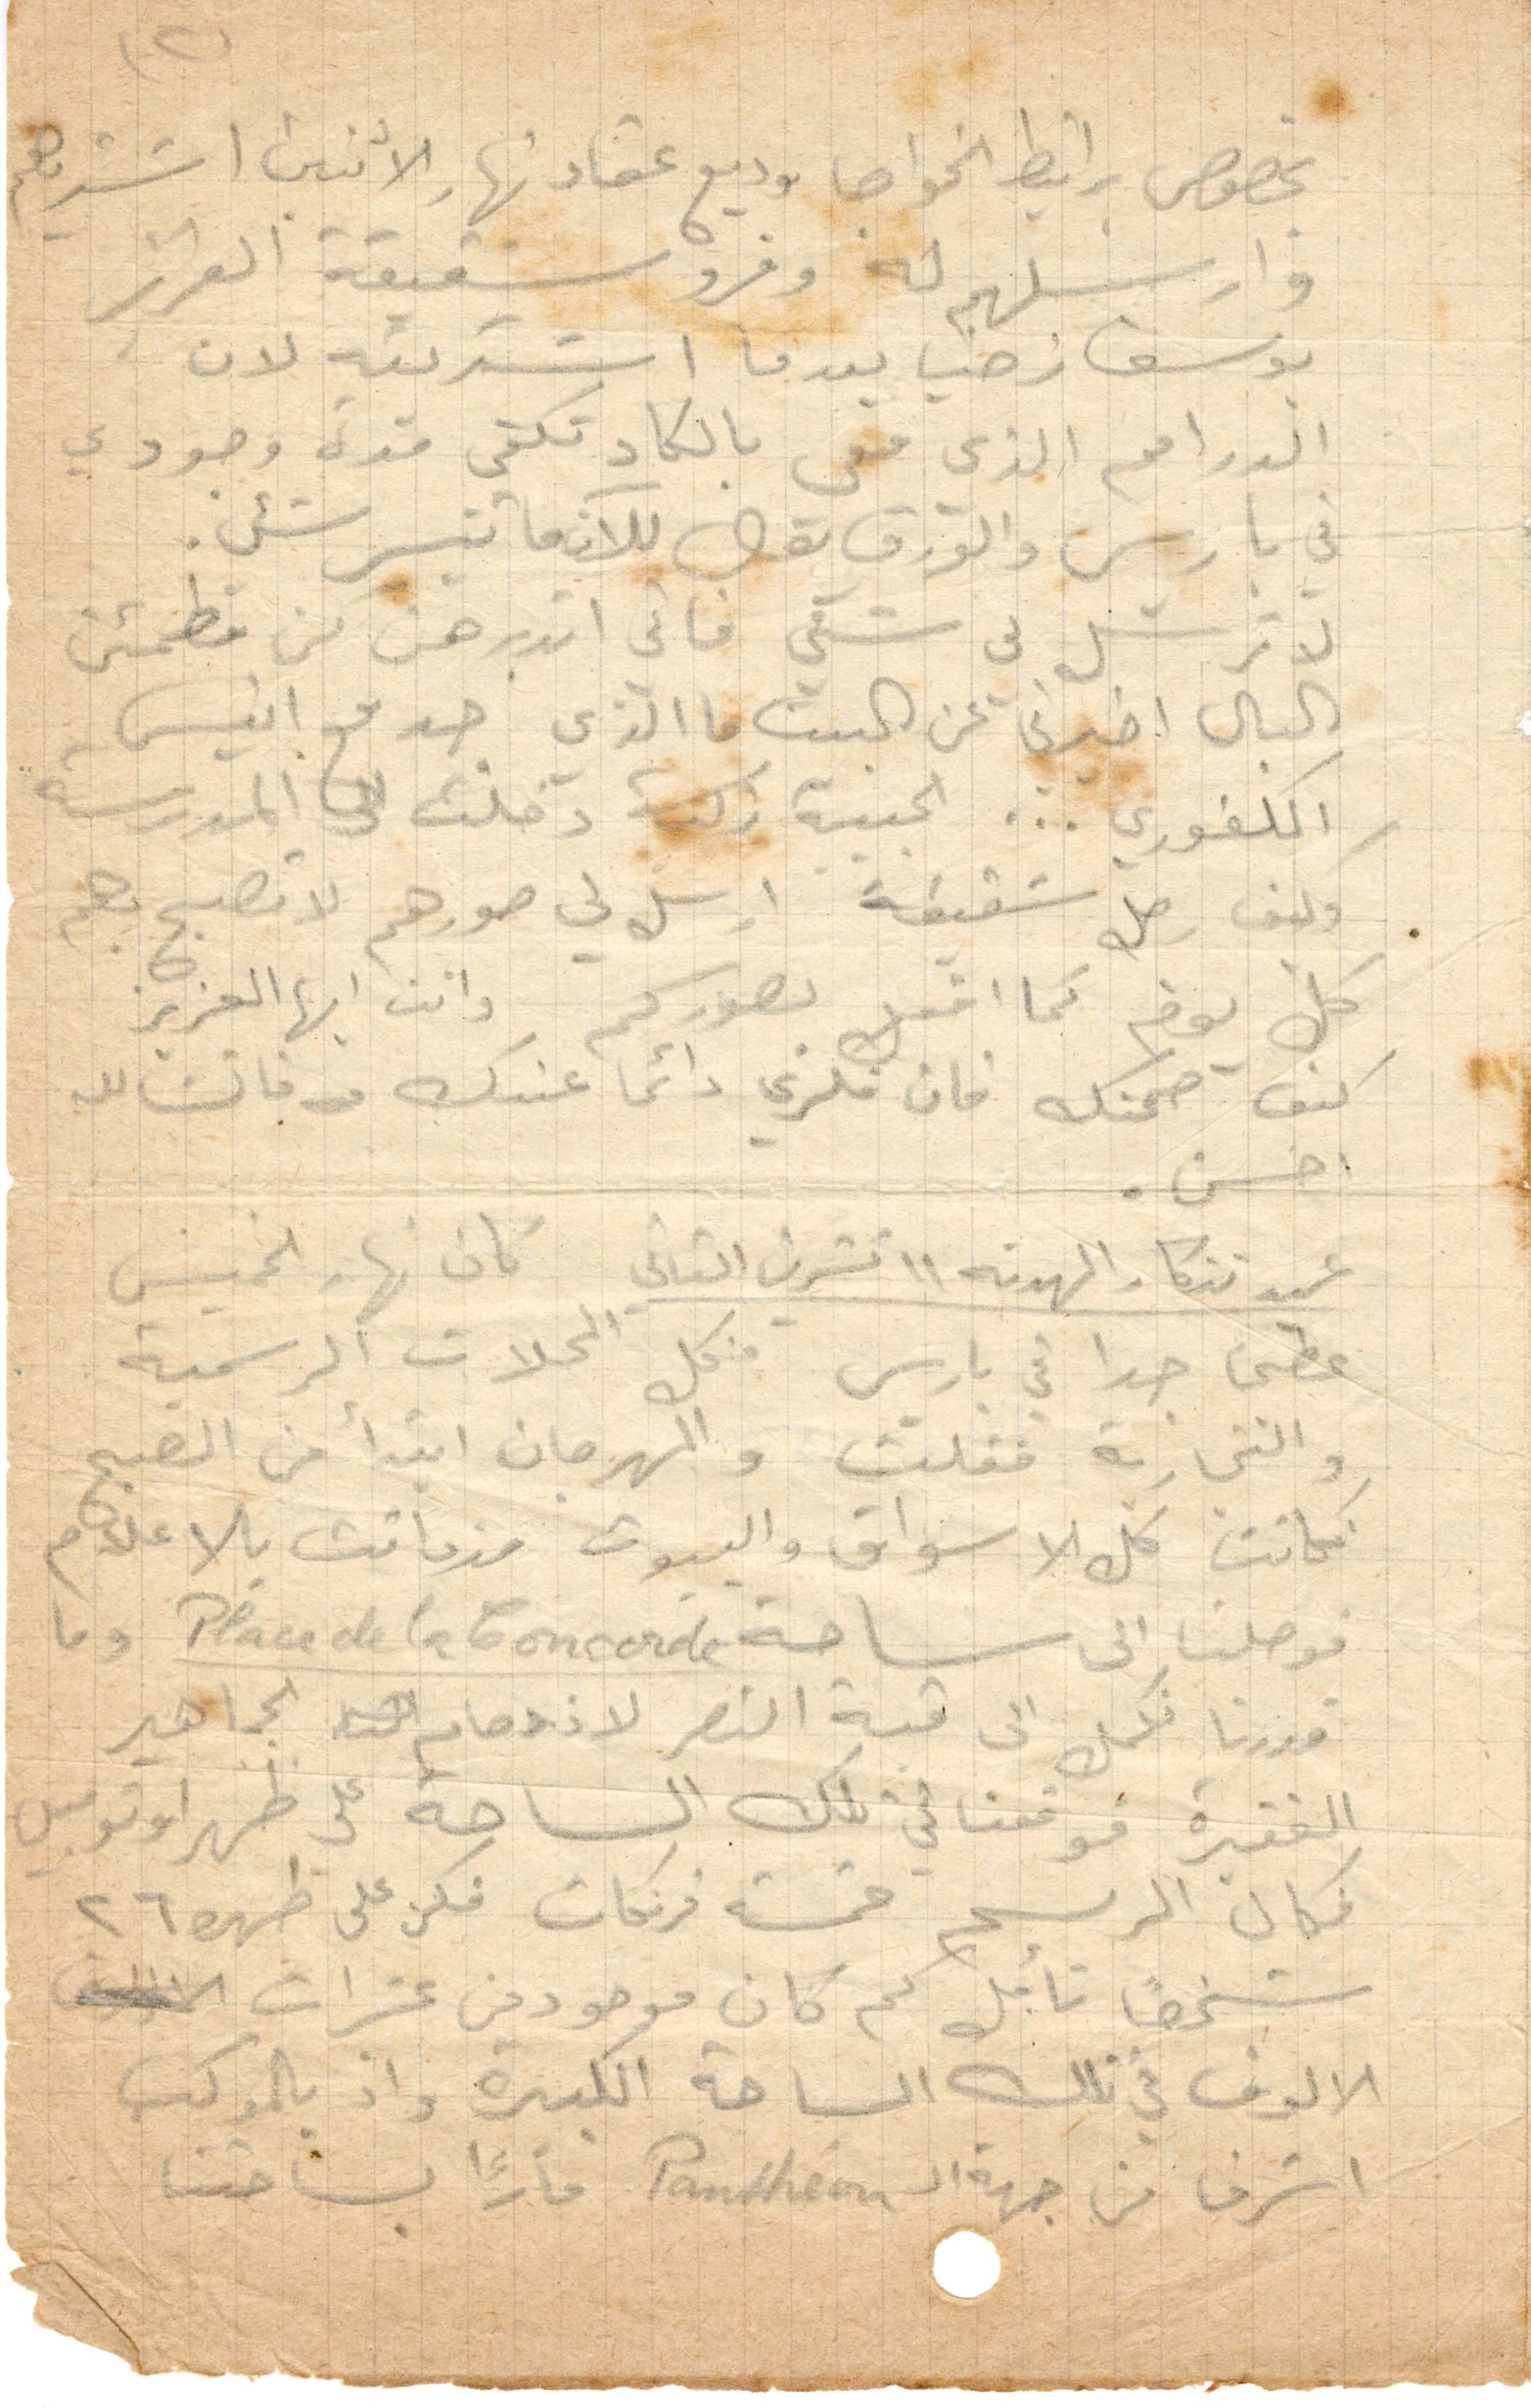
بخصوص برانيط الخواجه وديع عقاد نهار الاثنين اشتريهم
وارسلهم له وفرو شقيقة العزيز
يوسف زخيا بعد ما اشتريته لان
الدراهم الذي معي بالكاد تكفي مدة وجودي
في باريس والورق بول للآن ما تيسر شيء
لا ترسل لي شيء فاني اتدبرهن من مطمئن
البال اخبرني عن البيت ما الذي جد مع انيس
الكفري... الجبيبة زكية دخلت الى المدرسة
وكيف شفيقة ارسل لي صورهم لا تصبح بكم
كل يوم كما اقبل بصوركم وانت أيها العزيز
كيف صحتك فان فكري دائمًا عندك فانشالله
احسن.
عيد تذكار الهدنة ١١ تشرين الثاني كان نهار الخميس
حطى حدا في باريس فكل المحلات الرسمية
والتجارية فقلت والمهرجان ابتدأ من الصبح
فكانت كل الأسواق والبيون مزدانت بالاعلام
فوصلنا الى ساحة Place de la Concorde وما
قدرنا نكمل الى قبة النصر لازدحام الجماهير
الغفيرة فوقفنا في تلك الساحة على ظهر اوتوبس
فكان الرسم خمسة فرنكات فكن على ظهره ٢٦
شخصًا تأمل كم كان موجودين عشرات
الاولوف في تلك الساحة الكبيرة وإذ بالموكب
اشرف من جهة الPanthéon مارًا بساحتنا